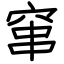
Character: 窜